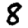
Digit: 8